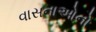
વાસનાઓનો